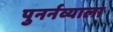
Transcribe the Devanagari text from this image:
पुनर्नव्याला